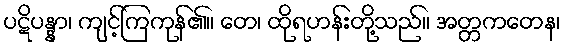
ပဋိပန္နာ၊ ကျင့်ကြကုန်၏။ တေ၊ ထိုရဟန်းတို့သည်။ အတ္တကတေန၊